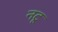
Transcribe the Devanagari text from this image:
नटू